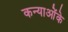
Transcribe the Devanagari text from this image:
कन्याओंके